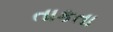
તાકતા